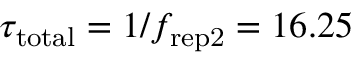
\tau _ { \mathrm { t o t a l } } = 1 / f _ { \mathrm { r e p 2 } } = 1 6 . 2 5